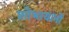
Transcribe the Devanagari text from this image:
शोभायानों